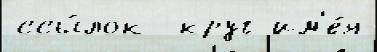
ссы́лок  круг им'е́я